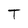
Character: T